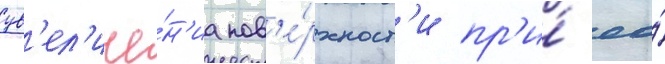
ув'ел'иче́н'иа пов'е́рхност'и пр'и́ ео́